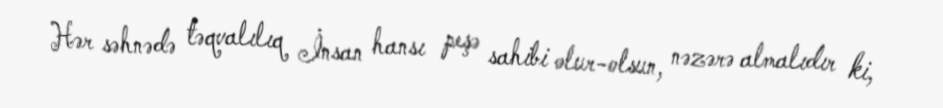
Hər səhnədə təqvalılıq İnsan hansı peşə sahibi olur-olsun, nəzərə almalıdır ki,